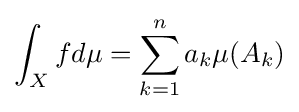
\int _{X}fd\mu =\sum _{k=1}^{n}a_{k}\mu (A_{k})